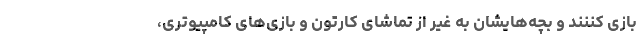
بازی کننند و بچه‌هایشان به غیر از تماشای کارتون و بازی‌های کامپیوتری،